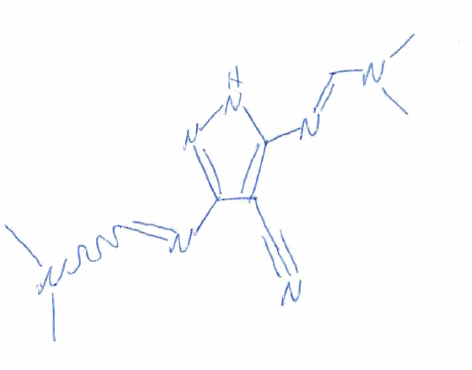
Simplified molecular-input line-entry system (SMILES) notation of the given molecule:
CN(C)/C=N/C1=C(C(=NN1)N=CN(C)C)C#N